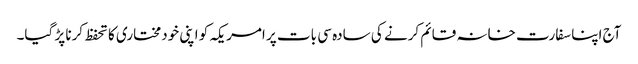
آج اپنا سفارت خانہ قائم کرنے کی سادہ سی بات پر امریکہ کو اپنی خودمختاری کا تحفظ کرنا پڑ گیا۔